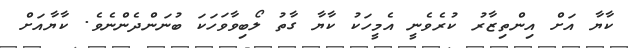
ކާޔާ އަށް އިންތިޒާރު ކުރެވެނީ އެމީހަކު ކާޔާ ގާތު ލޯބިވާވަހަކަ ބުނަންދެންނެވެ. ކާޔާއަށް